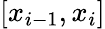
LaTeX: [x_{i-1},x_{i}]